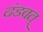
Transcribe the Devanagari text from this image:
दंडवत्‌